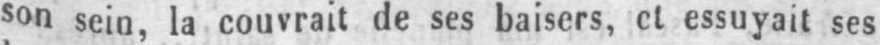
son sein, la couvrait de ses baisers, et essuyait ses